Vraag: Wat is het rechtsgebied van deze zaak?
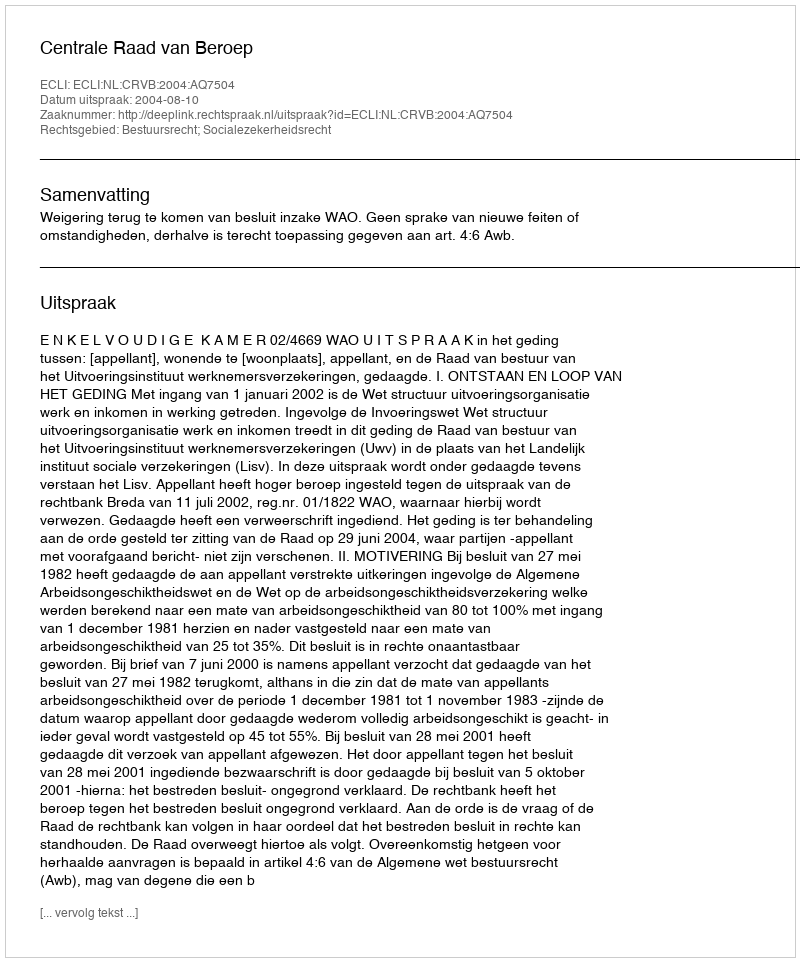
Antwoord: Bestuursrecht; Socialezekerheidsrecht